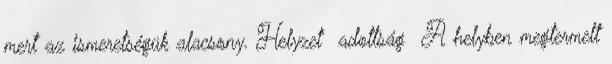
mert az ismeretségük alacsony. Helyzet adottság ▪A helyben megtermelt